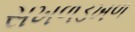
સખળડખળ